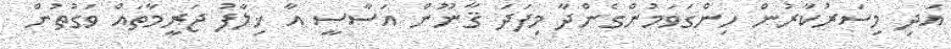
އަދި މިސަރުކާރުން ހިންގަވަމުންގެންދާ މިފަދަ ޤާނޫން އަސާސީ އާ ޚިލާފު ޖަރީމާތައް ވަގުތުން